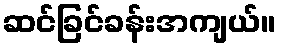
ဆင်ခြင်ခန်းအကျယ်။